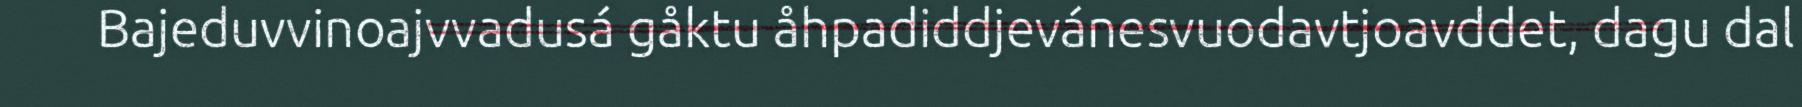
Bajeduvvinoajvvadusá gåktu åhpadiddjevánesvuodavtjoavddet, dagu dal